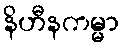
နိဟီနကမ္မာ